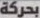
بحركة